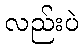
လည်းပဲ